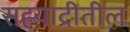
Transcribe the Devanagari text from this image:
सह्य़ाद्रीतील